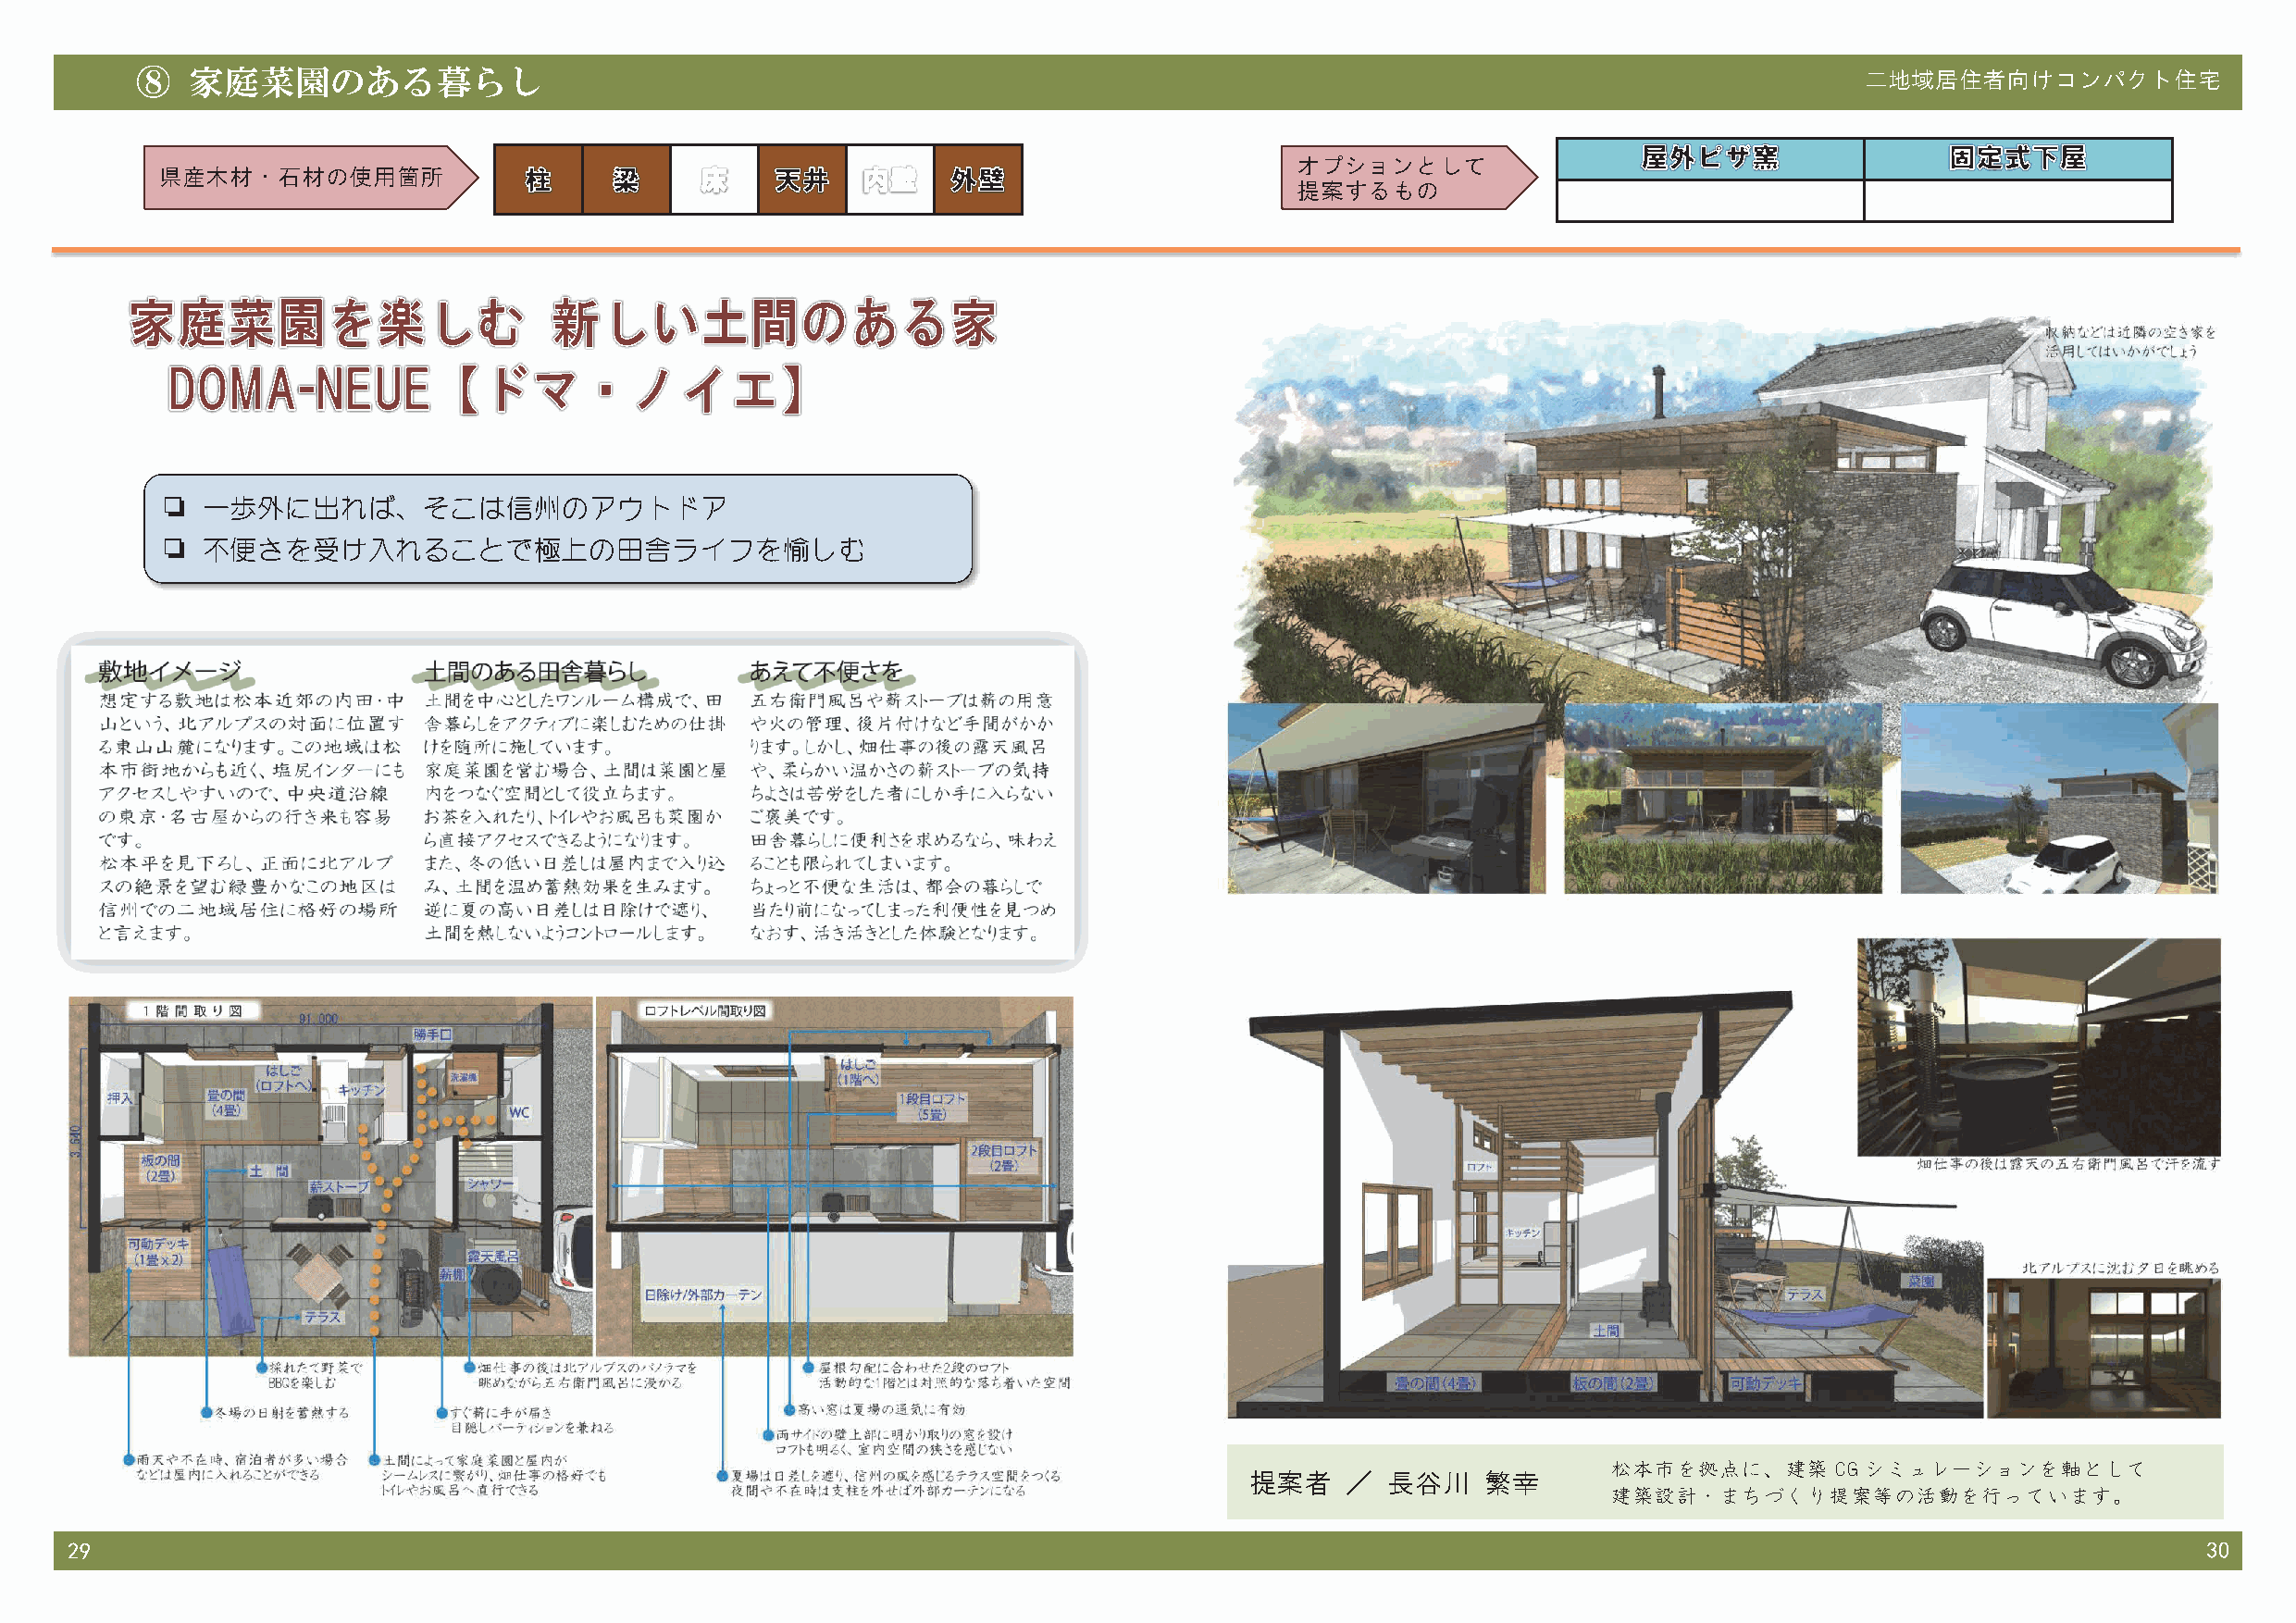
⑧   家庭菜園のある暮らし                                                                                                             二地域居住者向けコンパクト住宅
 オプションとして
 県産木材・石材の使用箇所
 提案するもの
 ❏  一歩外に出れば、そこは信州のアウトドア
 ❏  不便さを受け入れることで極上の田舎ライフを愉しむ
 松本市を拠点に、建築      CG シミュレーションを軸として
 提案者    ／  長谷川    繁幸
 建築設計・まちづくり提案等の活動を行っています。
 29                                                                                                                                                       30